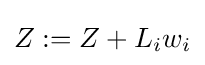
Z:=Z+L_{i}w_{i}